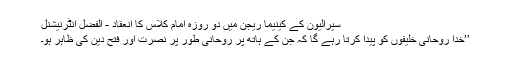
سیرالیون کے کینیما ریجن میں دو روزہ امام کلاس کا انعقاد - الفَضل انٹرنیشنل
’’خدا روحانی خلیفوں کو پیدا کرتا رہے گا کہ جن کے ہاتھ پر روحانی طور پر نصرت اور فتح دین کی ظاہر ہو۔